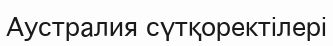
Аустралия сүтқоректілері